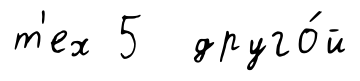
т'ех 5 друго́й